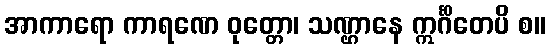
အာကာရော ကာရဏေ ဝုတ္တော၊ သဏ္ဌာနေ ဣင်္ဂိတေပိ စ။